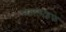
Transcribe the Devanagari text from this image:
मेटालाइफ